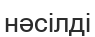
нәсілді